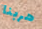
هربنا